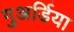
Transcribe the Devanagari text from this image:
गुअर्डिया